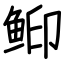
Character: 䲟